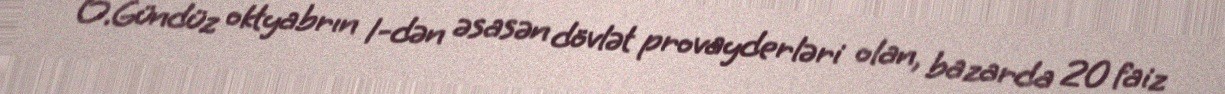
O.Gündüz oktyabrın 1-dən əsasən dövlət provayderləri olan, bazarda 20 faiz